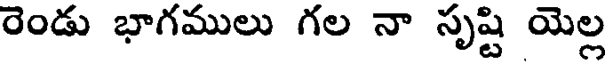
రెండు భాగములు గల నా సృష్టి యెల్ల